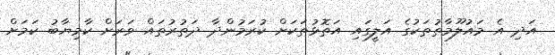
އަދި އެ މައުލޫމާތުތަކުގެ އަލީގައި އަތޮޅުތަކަށް ކުރަމުންދާ ދަތުރުތައް ވަރަށް ކާމިޔާބު ކަމަށް